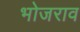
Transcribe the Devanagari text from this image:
भोजराव